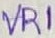
Text: VR1